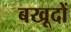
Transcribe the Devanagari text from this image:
बखूदों